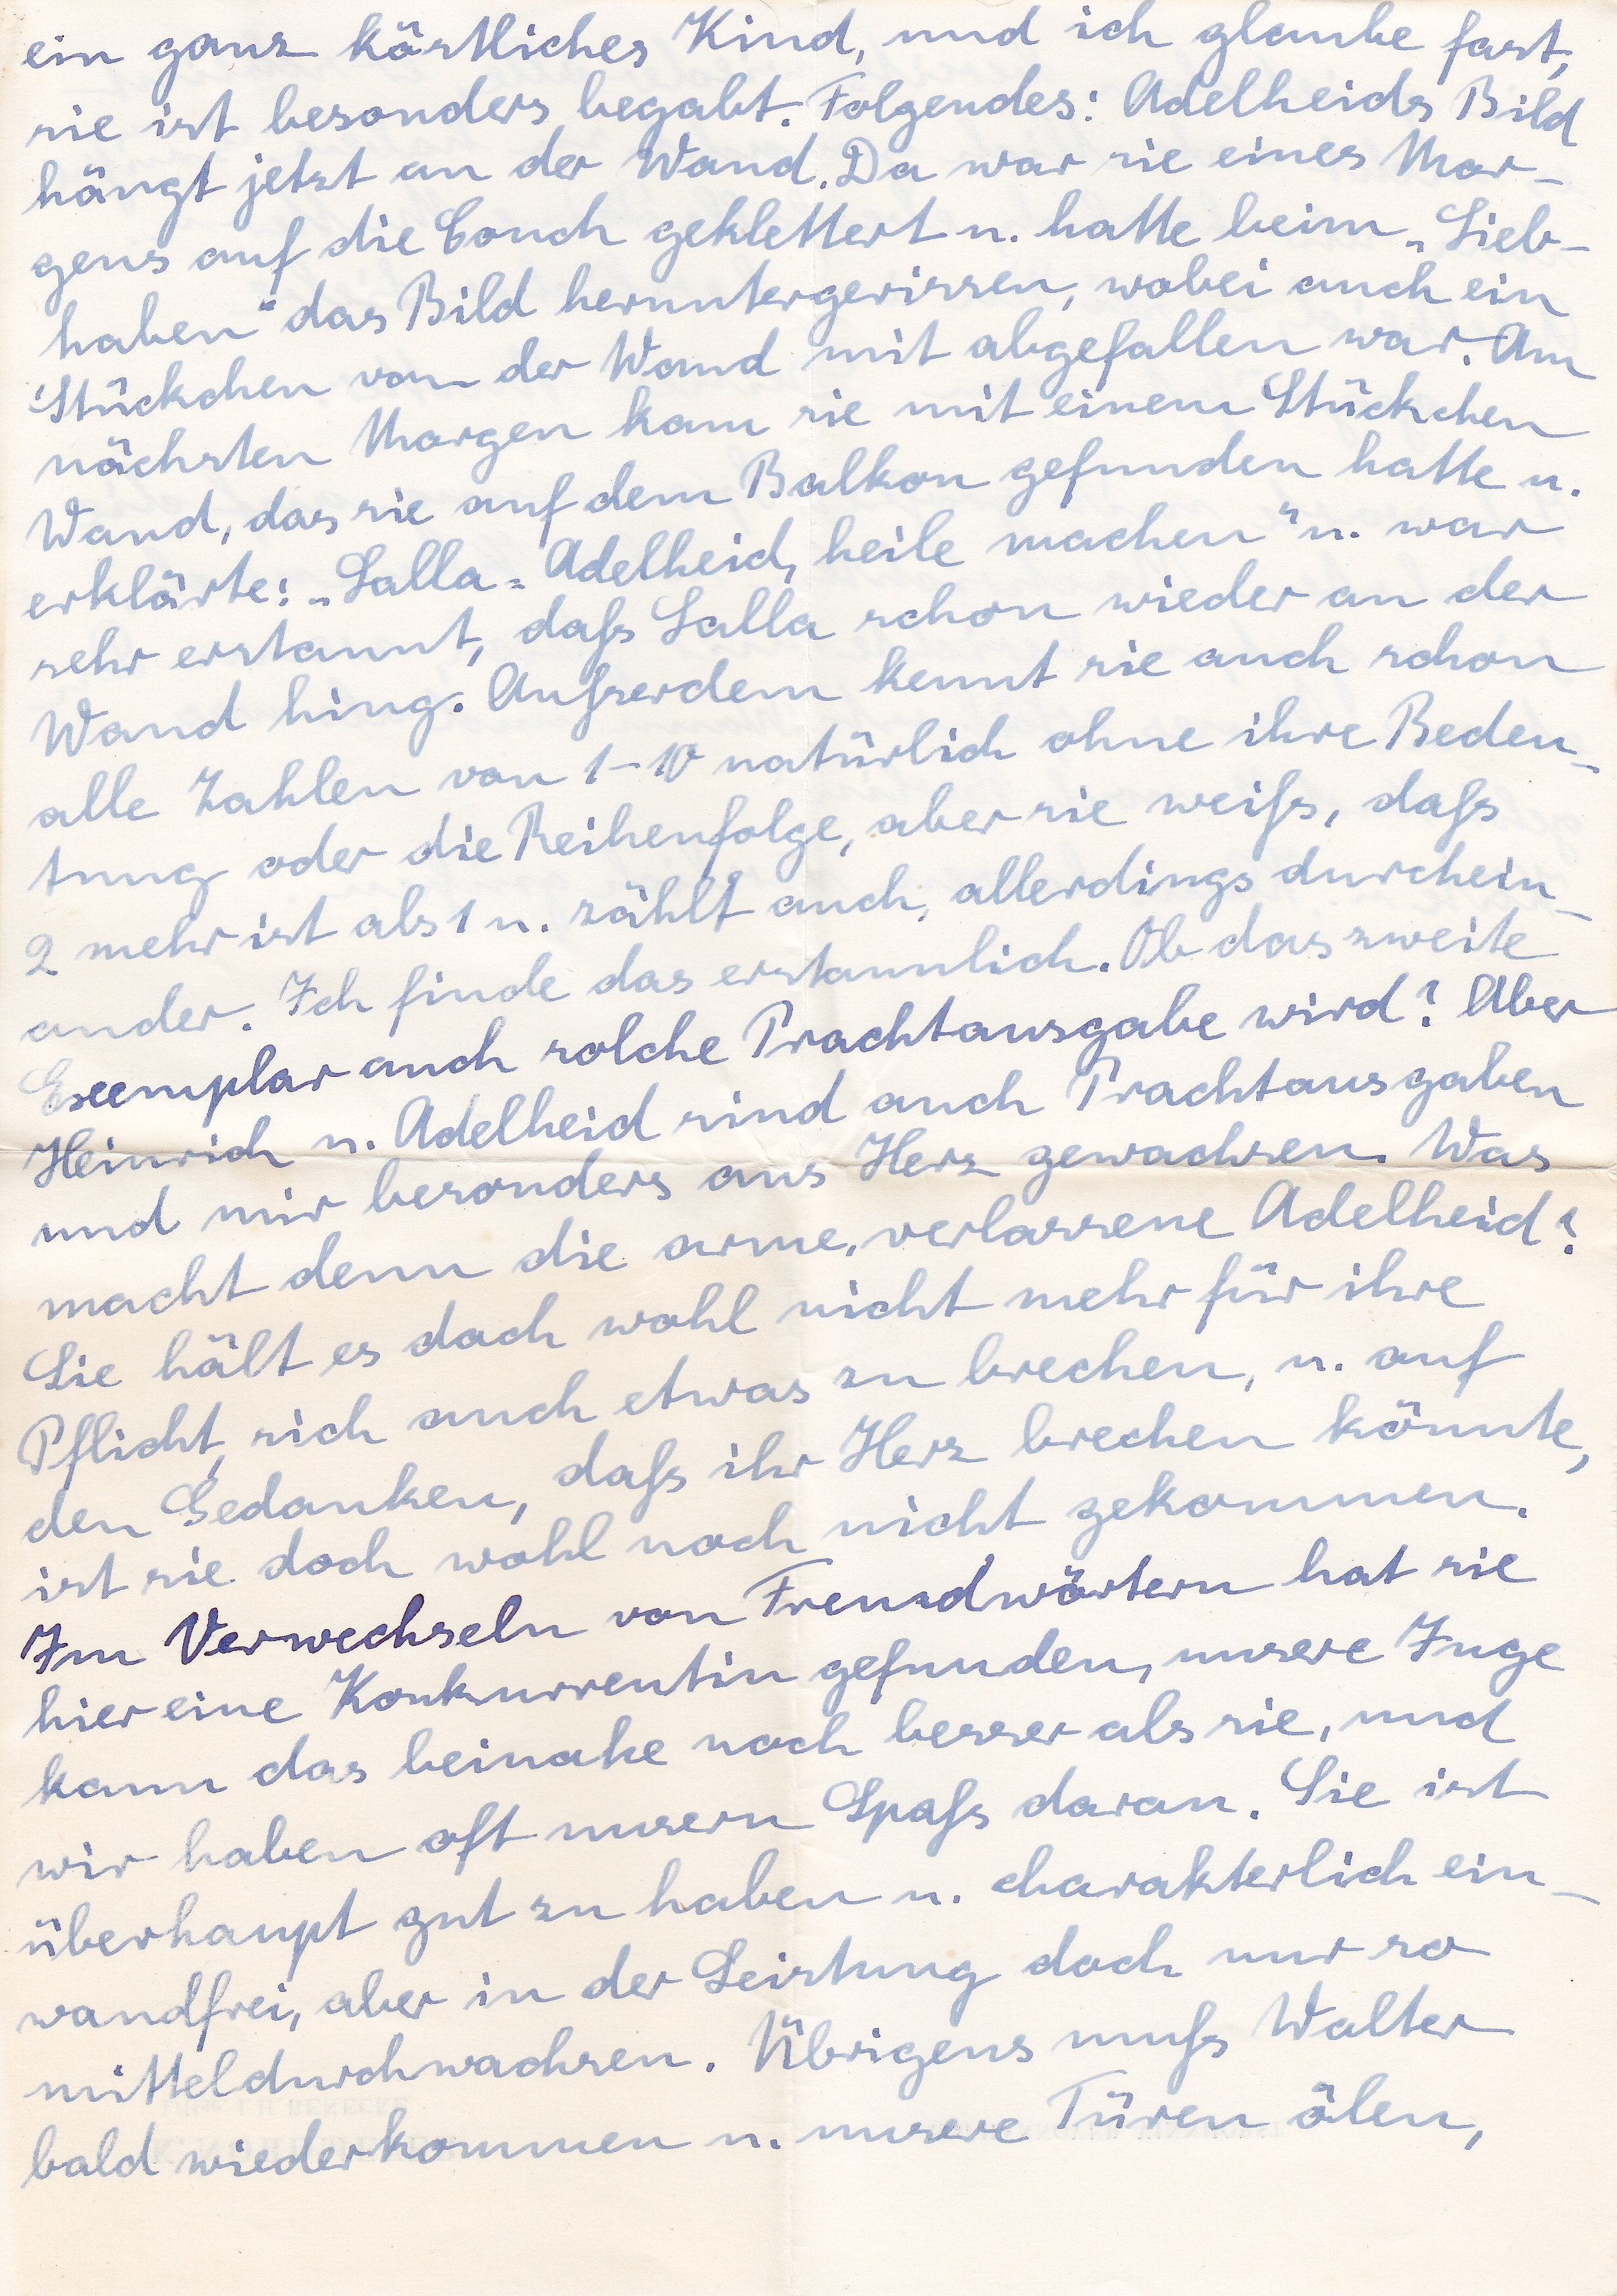
ein ganz köstliches Kind, und ich glaube fast,
sie ist besonders begabt. Folgendes: Adelheids Bild
hängt jetzt an der Wand. Da war sie eines Mor
gens auf die Couch geklettert u. hatte beim Lieb
haben das Bild heruntergerissen, wobei auch ein
Stückchen von der Wand mit abgefallen war. Am
nächsten Morgen kam sie mit einem Stückchen
Wand, das sie auf dem Balkon gefunden hatte u.
erklärte: Lalla. Adelheid, heile machen u. war
sehr erstaunt, daß Lalla schon wieder an der
Wand hing. Außerdem kennt sie auch schon
alle Zahlen von 1-10 natürlich ohne ihre Bedeu
tung oder die Reihenfolge, aber sie weiß, daß
2 mehr ist als 1 u. zählt auch allerdings durchein
ander. Ich finde das erstaunlich. Ob das zweite
Exemplar auch solche Prachtausgabe wird? Aber
Heinrich u. Adelheid sind auch Prachtausgaben
und mir besonders ans Herz gewachsen. Was
macht denn die arme verlassene Adelheid?
Sie hält es doch wohl nicht mehr für ihre
Pflicht sich auch etwas zu brechen, u. auf
den Gedanken, daß ihr Herz brechen könnte,
ist sie doch wohl noch nicht gekommen
Im Verwechseln von Fremdwörtern hat sie
hier eine Konkurrentin gefunden, unsere Inge
kann das beinahe noch besser als sie, und
wir haben oft unsern Spaß daran. Sie ist
überhaupt gut zu habe u. charakterlich ein
wandfrei, aber in der Leistung doch nur so
mitteldurchwachsen. Übrigens muß Walter
bald wiederkommen u. unsere Türen ölen,